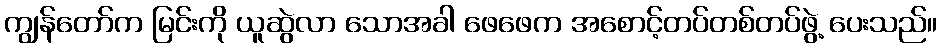
ကျွန်တော်က မြင်းကို ယူဆွဲလာ သောအခါ ဖေဖေက အစောင့်တပ်တစ်တပ်ဖွဲ့ ပေးသည်။